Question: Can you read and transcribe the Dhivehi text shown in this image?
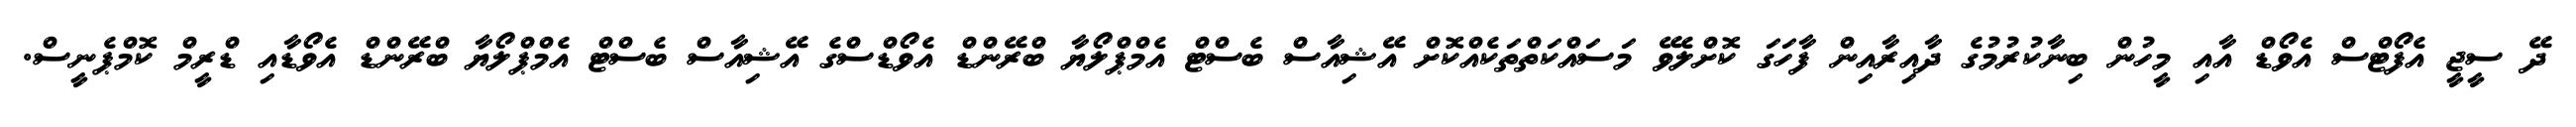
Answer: ދޭ ސީޖީ އެފޯޓްސް އެވޯޑް އާއި މީހުން ބިނާކުރުމުގެ ދާއިރާއިން ފާހަގަ ކޮށްލެވޭ މަސައްކަތްތަކެއްކޮށް އޭޝިއާސް ބެސްޓް އެމްޕްލޯޔާ ބްރޭންޑް އެވޯޑްސްގެ އޭޝިއާސް ބެސްޓް އެމްޕްލޯޔާ ބްރޭންޑް އެވޯޑާއި ޑްރީމް ކޮމްޕެނީސް.